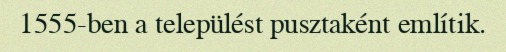
1555-ben a települést pusztaként említik.